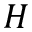
H